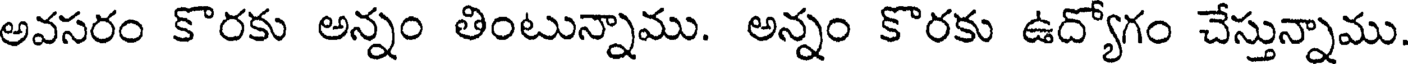
అవసరం కొరకు అన్నం తింటున్నాము. అన్నం కొరకు ఉద్యోగం చేస్తున్నాము.